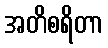
အတိစရိတာ